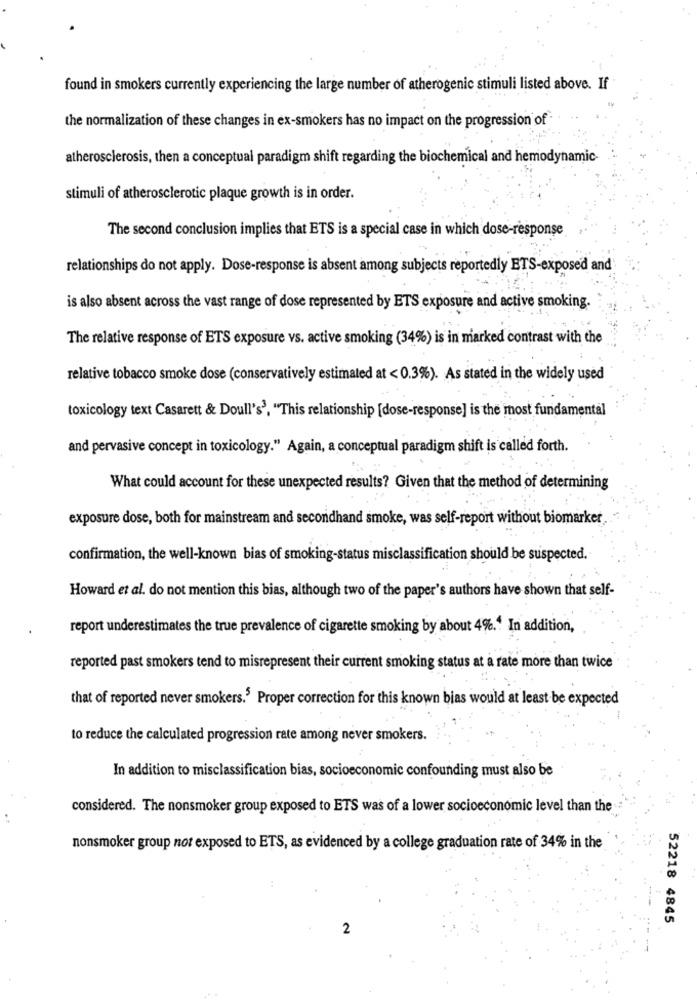
found in smokers currently experiencing the large number of atherogenic stimuli listed above. If
the normalization of these changes in ex-smokers has no impact on the progression of
atherosclerosis, then a conceptual paradigm shift regarding the biochemical and hemodynamic-
stimuli of atherosclerotic plaque growth is in order.
The second conclusion implies that ETS is a special case in which dose-response
relationships do not apply. Dose-response is absent among subjects reportedly ETS-exposed and
is also absent across the vast range of dose represented by ETS exposure and active smoking.
The relative response of ETS exposure vs. active smoking (34%) is in marked contrast with the
relative tobacco smoke dose (conservatively estimated at < 0.3%). As stated in the widely used
toxicology text Casarett & Doull's', "This relationship [dose-response] is the most fundamental
and pervasive concept in toxicology." Again, a conceptual paradigm shift is called forth.
What could account for these unexpected results? Given that the method of determining
exposure dose, both for mainstream and secondhand smoke, was self-report without biomarker
confirmation, the well-known bias of smoking-status misclassification should be suspected.
Howard et al. do not mention this bias, although two of the paper's authors have shown that self-
report underestimates the true prevalence of cigarette smoking by about 4%. In addition,
reported past smokers tend to misrepresent their current smoking status at a rate more than twice
that of reported never smokers.5 Proper correction for this known bias would at least be expected
to reduce the calculated progression rate among never smokers.
In addition to misclassification bias, socioeconomic confounding must also be
considered. The nonsmoker group exposed to ETS was of a lower socioeconomic level than the
nonsmoker group not exposed to ETS, as evidenced by a college graduation rate of 34% in the
52218 4845
2